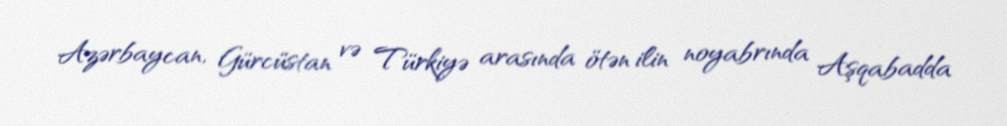
Azərbaycan, Gürcüstan və Türkiyə arasında ötən ilin noyabrında Aşqabadda